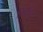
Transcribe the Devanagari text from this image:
गिरणेचे